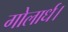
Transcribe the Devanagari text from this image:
गोलार्ध।